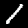
Label: 1